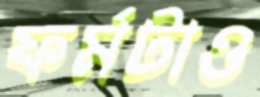
ফর্মটাও